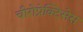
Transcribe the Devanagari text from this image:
चीरोप्रेक्टिसेस